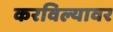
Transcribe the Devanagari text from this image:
करविल्यावर